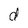
Character: d